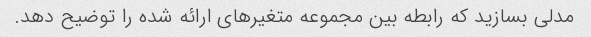
مدلی بسازید که رابطه بین مجموعه متغیرهای ارائه شده را توضیح دهد.